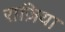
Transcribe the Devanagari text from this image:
राज़िया